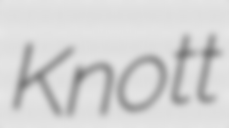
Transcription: Knott